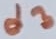
Text: d3